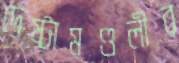
দেষ্টামণ্ডলীর